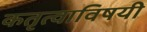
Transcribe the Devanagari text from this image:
कतृत्वाविषयी